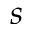
s